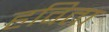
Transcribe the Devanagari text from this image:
हविता